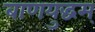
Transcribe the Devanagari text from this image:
बाणयुद्धम्